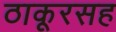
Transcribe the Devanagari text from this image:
ठाकूरसह